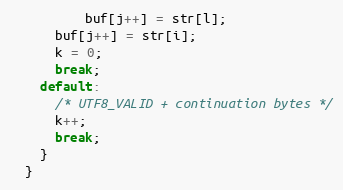
Language: C
          buf[j++] = str[l];
      buf[j++] = str[i];
      k = 0;
      break;
    default:
      /* UTF8_VALID + continuation bytes */
      k++;
      break;
    }
  }